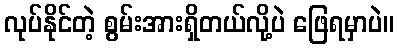
လုပ်နိုင်တဲ့ စွမ်းအားရှိတယ်လို့ပဲ ဖြေရမှာပဲ။